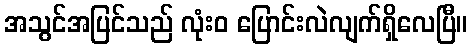
အသွင်အပြင်သည် လုံးဝ ပြောင်းလဲလျက်ရှိလေပြီ။